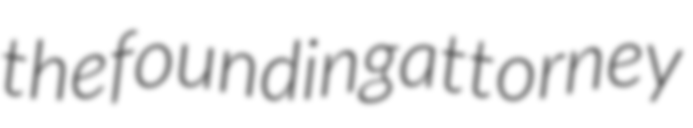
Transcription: the founding attorney